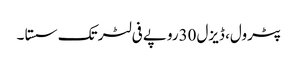
﻿ پٹرول، ڈیزل30روپے فی لٹر تک سستا ۔